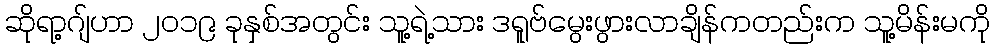
ဆိုရာ့ဂျ်ဟာ ၂၀၁၉ ခုနှစ်အတွင်း သူ့ရဲ့သား ဒရူဗ်မွေးဖွားလာချိန်ကတည်းက သူ့မိန်းမကို